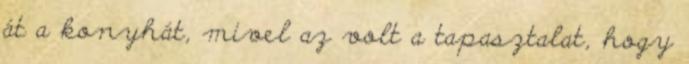
át a konyhát, mivel az volt a tapasztalat, hogy